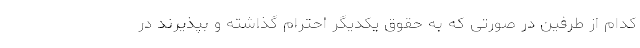
کدام از طرفین در صورتی که به حقوق یکدیگر احترام گذاشته و بپذیرند در